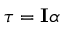
\tau = \mathbf { I } \alpha